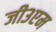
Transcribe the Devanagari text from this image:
जी३एम